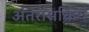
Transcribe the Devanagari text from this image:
अंतरासक्रिय